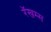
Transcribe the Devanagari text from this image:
रॅखम्स